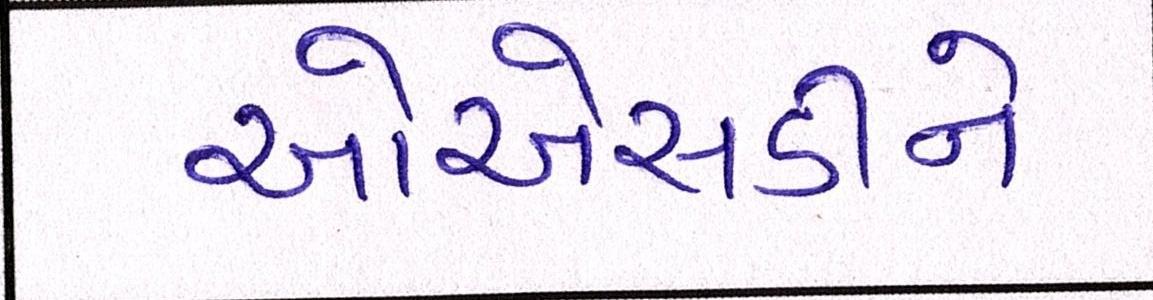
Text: ઓએસડીને